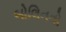
બોલિનનો